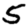
Digit: 5